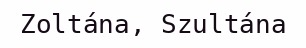
Zoltána, Szultána